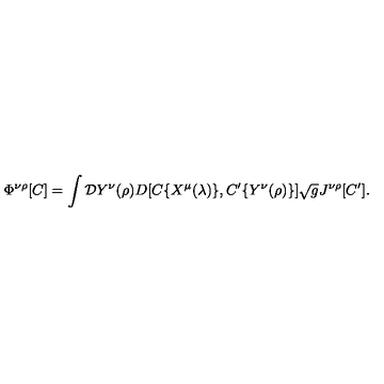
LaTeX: \Phi ^ { \nu \rho } [ C ] = \int { \cal D } Y ^ { \nu } ( \rho ) D [ C \{ X ^ { \mu } ( \lambda ) \} , C ^ { \prime } \{ Y ^ { \nu } ( \rho ) \} ] \sqrt { g } J ^ { \nu \rho } [ C ^ { \prime } ] . \hfill